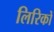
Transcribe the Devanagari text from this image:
लिरिकों